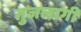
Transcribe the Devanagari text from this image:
तुजलागी